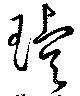
璿